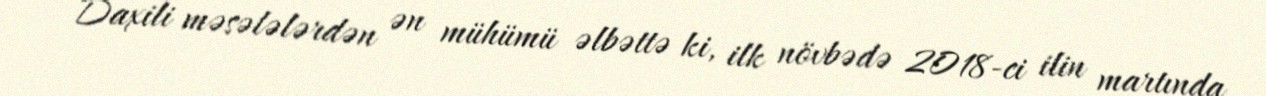
Daxili məsələlərdən ən mühümü əlbəttə ki, ilk növbədə 2018-ci ilin martında